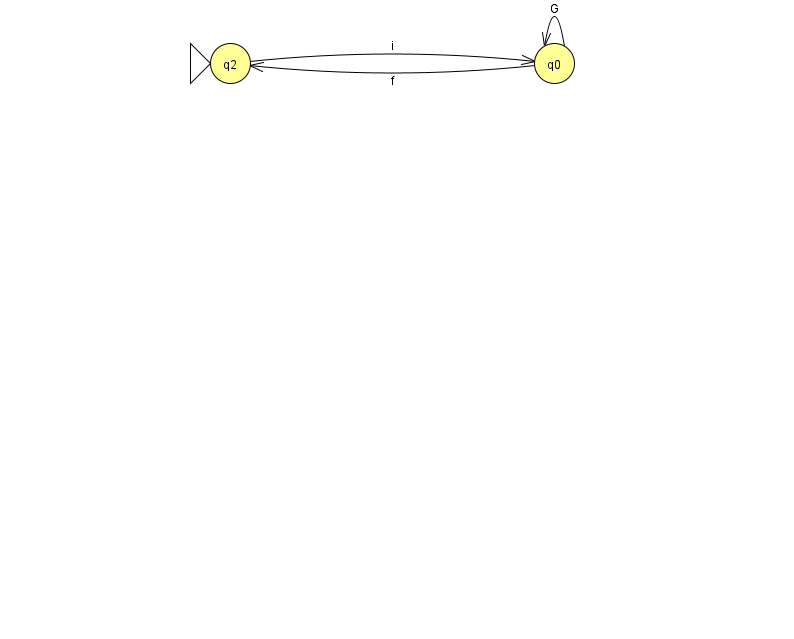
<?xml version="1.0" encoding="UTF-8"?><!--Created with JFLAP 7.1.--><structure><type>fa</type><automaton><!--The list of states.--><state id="0" name="q0"><x>554.0</x><y>50.0</y></state><state id="2" name="q2"><x>230.0</x><y>50.0</y><initial/></state><!--The list of transitions.--><transition><from>2</from><to>0</to><read>i</read></transition><transition><from>0</from><to>0</to><read>G</read></transition><transition><from>0</from><to>2</to><read>f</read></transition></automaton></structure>